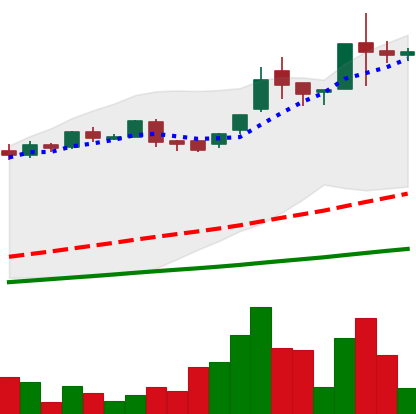
Ticker: LTC-USD
Chart end date: 2016-06-19
Forward return: -23.503%
Label: down_7plus